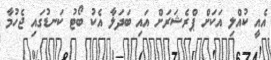
އެއީ ކުއްލި އަކަށް ޕްރެޝަރަށް އައި ބަދަލާ އެކު ބޯޓު ކަނޑުގައި ޖެހުމާ